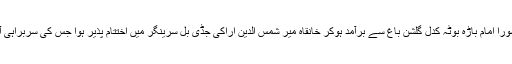
عاشورا کا دوسرا بڑا جلوس عاشورا امام باڑہ بوٹہ کدل گلشن باغ سے برآمد ہوکر خانقاہ میر شمس الدین اراکیؒ جڈی بل سرینگر میں اختتام پذیر ہوا جس کی سربراہی آغا سید منتظر الموسوی نے کی۔